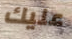
عليك